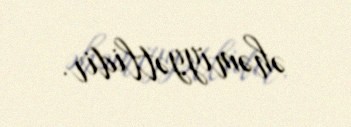
əhəmiyyətlidir.